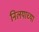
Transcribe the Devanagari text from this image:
निलयाच्या